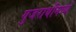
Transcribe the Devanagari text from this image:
गुजराथीमध्ये